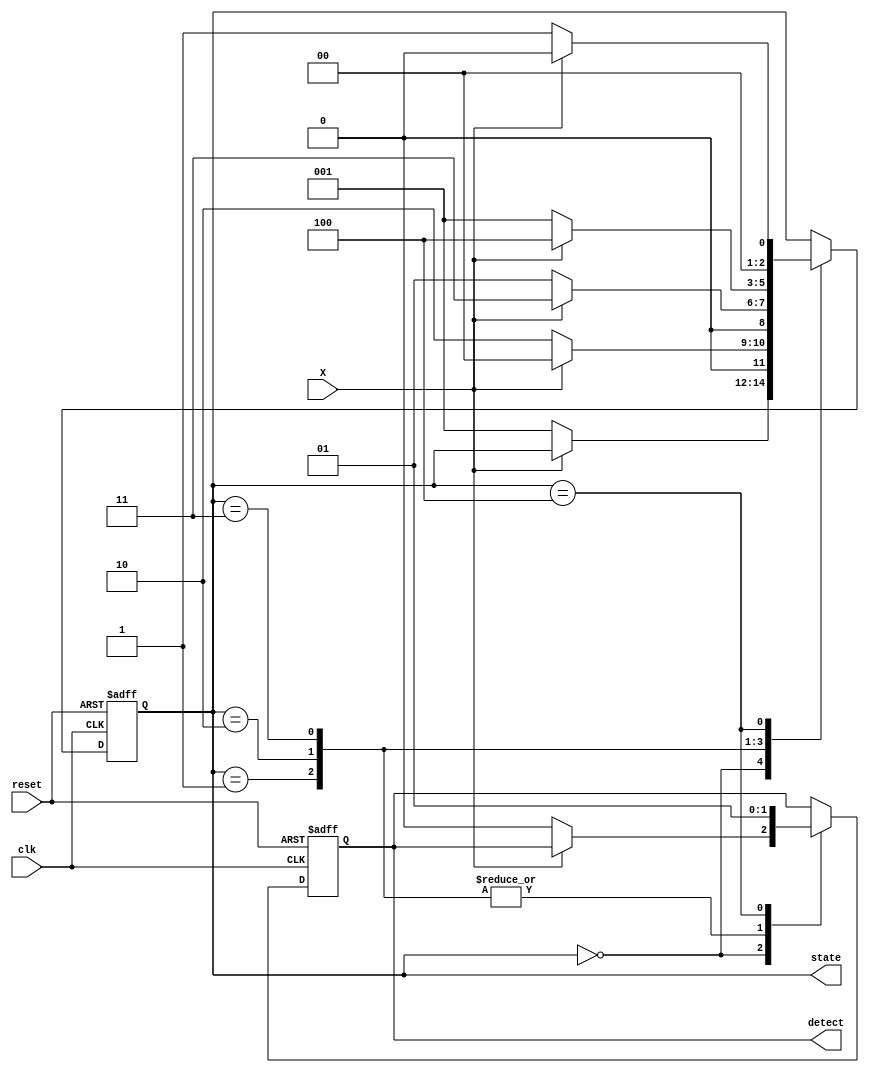
`timescale 1ns / 1ns

module seqdetector(
  input wire clk,
  input wire reset,
  input wire X,
  output reg detect,
  output reg[2:0] state
);

  parameter S0 = 3'b000;
  parameter S1 = 3'b001;
  parameter S2 = 3'b010;
  parameter S3 = 3'b011;
  parameter S4 = 3'b100;

  always @(posedge clk or posedge reset)
    begin
      if (reset)
        begin
          state <= S0;
          detect <= 0;
        end
      else
        begin
          case (state)
            S0:
              begin
                if (X == 0)
                  begin
                    state <= S1;
                    detect <= 0;
                  end
              end
            S1:
              begin
                if (X == 0)
                  begin
                    state <= S2;
                    detect <= 0;
                  end
                else
                  begin
                    state <= S0;
                    detect <=0;
                  end
              end

            S2:
              begin
                if(X==0)
                  begin
                    state <= S1;
                    detect <= 0;
                  end
                else
                  begin
                    state <= S3;
                    detect <= 0;
                  end
              end

            S3:
              begin
                if(X==1)
                  begin
                    state <= S4;
                    detect <= 0;
                  end
                else
                  begin
                    state <= S1;
                    detect <= 0;
                  end
              end
            S4:
              begin
                if(X==0)
                  begin
                    state <= S1;
                    detect <= 1;
                  end
                else
                  begin
                    state <= S0;
                    detect <= 1;
                  end
              end
          endcase
        end
    end 
endmodule